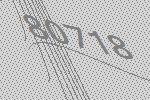
80718